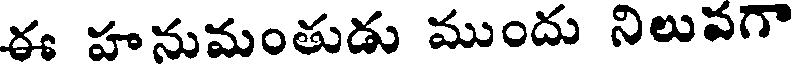
ఈ హనుమంతుడు ముందు నిలువగా